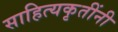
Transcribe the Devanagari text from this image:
साहित्यकृतींनी